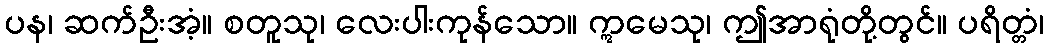
ပန၊ ဆက်ဦးအံ့။ စတူသု၊ လေးပါးကုန်သော။ ဣမေသု၊ ဤအာရုံတို့တွင်။ ပရိတ္တံ၊